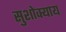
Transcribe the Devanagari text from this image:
सुशोक्याय